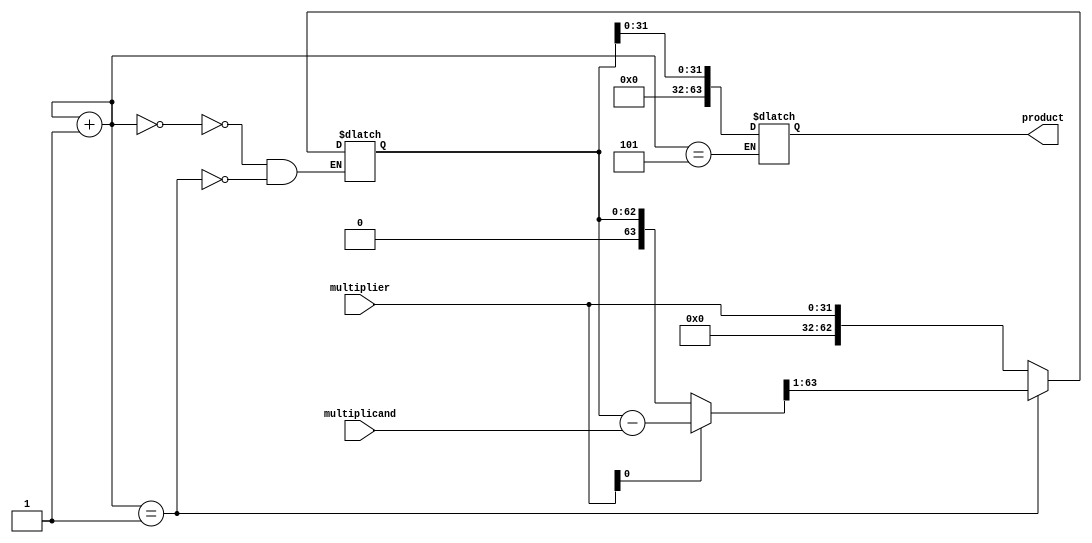
module booth_multiplier (
    input [31:0] multiplicand,
    input [31:0] multiplier,
    output reg [63:0] product
);

reg [63:0] partial_product;
reg [5:0] count;

initial begin
    partial_product = 64'b0;
    count = 6'd0;
end

always @ (*) begin
    case (count)
        6'd0: begin
            // Initial state - load multiplier into partial product
            partial_product = {32'b0, multiplier};
        end
        6'd1: begin
            // Check LSB of multiplier and shift accordingly
            if (multiplier[0] == 1) begin
                partial_product = partial_product - multiplicand;
            end
            partial_product = partial_product >> 1;
        end
        6'd5: begin
            // Final state - result is in the lower 32 bits of partial product
            product = partial_product[31:0]; 
        end
    endcase
    count = count + 1;
end

endmodule